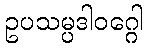
ဥပသမ္ပဒါဝဂ္ဂေါ